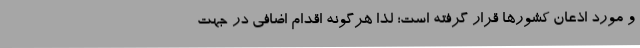
و مورد اذعان کشورها قرار گرفته است؛ لذا هرگونه اقدام اضافی در جهت